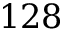
1 2 8